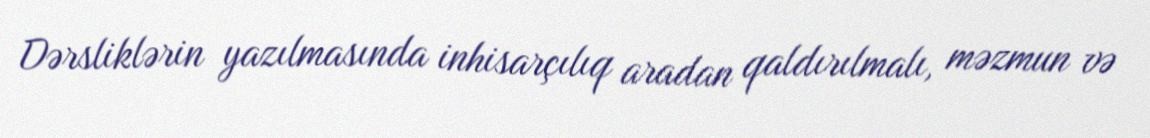
Dərsliklərin yazılmasında inhisarçılıq aradan qaldırılmalı, məzmun və